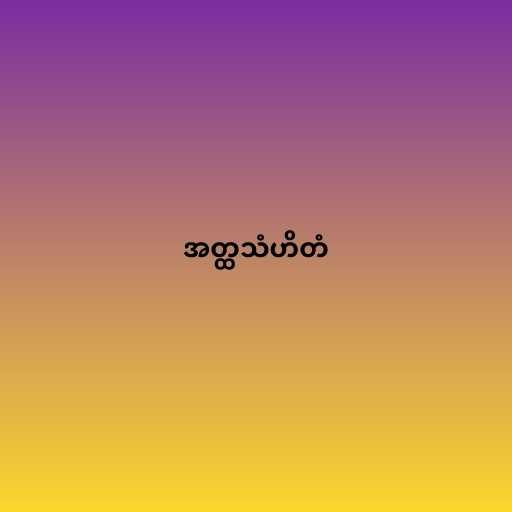
အတ္ထသံဟိတံ